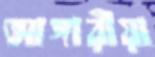
আঙ্গারীয়া